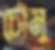
চৌমু